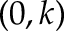
( 0 , k )